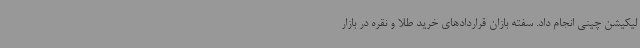
لیکیشن چینی انجام داد. سفته بازان قراردادهای خرید طلا و نقره در بازار